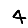
Digit: 4